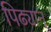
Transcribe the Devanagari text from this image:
पिढ्यान्‌